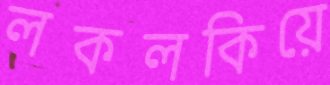
লকলকিয়ে